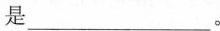
是___。